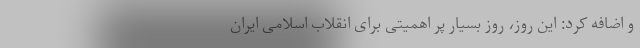
و اضافه کرد: این روز، روز بسیار پر اهمیتی برای انقلاب اسلامی ایران